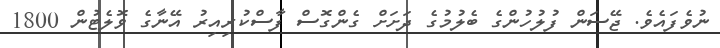
ނުވެފައެވެ. ޖޭސަން ފުލުހުންގެ ބެލުމުގެ ދަށަށް ގެންގޮސް ފާސްކުރިއިރު އޭނާގެ ވޮލެޓުން 1800